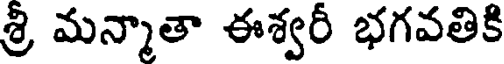
శ్రీ మన్మాతా ఈశ్వరీ భగవతికి